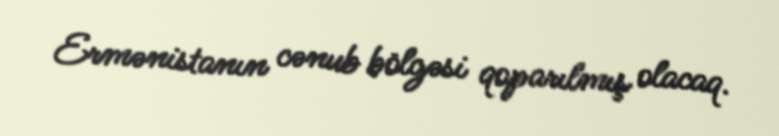
Ermənistanın cənub bölgəsi qoparılmış olacaq.